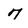
Character: 7